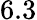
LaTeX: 6.3